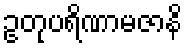
ဥတုပရိဏာမဇာနိ